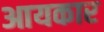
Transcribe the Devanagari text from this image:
आयकार